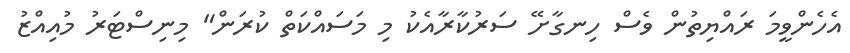
އެހެންވީމަ ރައްޔިތުން ވެސް ހިނގާށޭ ސަރުކާރާއެކު މި މަސައްކަތް ކުރަން" މިނިސްޓަރު މުއިއްޒު